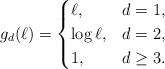
LaTeX: \begin{align*}g_d (\ell) = \begin{cases}\ell, &d=1,\\\log \ell, &d=2,\\1, &d \geq 3.\end{cases}\end{align*}